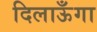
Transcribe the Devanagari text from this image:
दिलाऊँगा